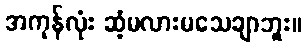
အကုန်လုံး ဆံ့မလားမသေချာဘူး။